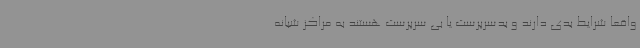
واقعا شرایط بدی دارند و بدسرپرست یا بی سرپرست هستند به مراکز شبانه